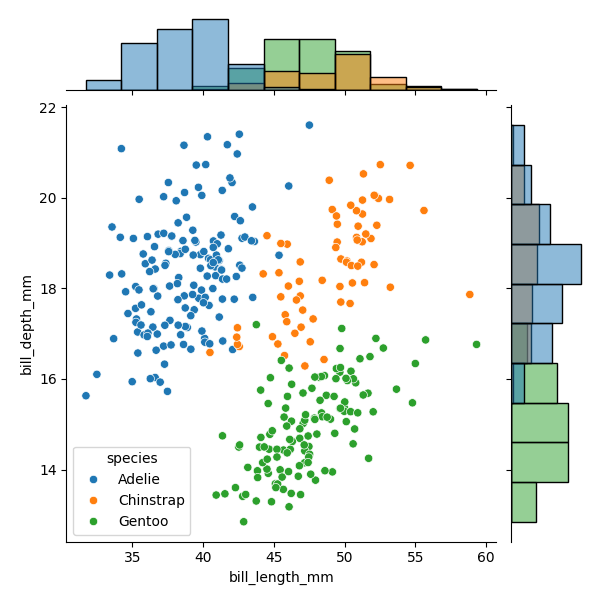
python, seaborn, JointGrid, scatterplot, histplot, hue